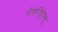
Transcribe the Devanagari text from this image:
गेंगनिहेस्सू